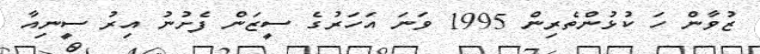
ޒުވާން ހަ ކުޅުންތެރިން 1995 ވަނަ އަހަރުގެ ސީޒަން ފެށުނު އިރު ސީނިއާ